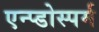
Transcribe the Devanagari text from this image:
एन्प्डोस्पर्म